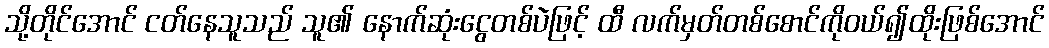
သို့တိုင်အောင် ငတ်နေသူသည် သူ၏ နောက်ဆုံးငွေတစ်ပဲဖြင့် ထီ လက်မှတ်တစ်စောင်ကိုဝယ်၍ထိုးဖြစ်အောင်